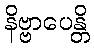
နိဗ္ဗာပေန္တိ